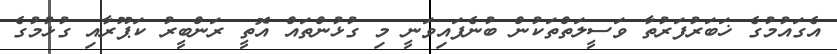
އެގައުމުގެ ޚަބަރުފަރުތާ ވަސީލަތްތަކުން ބުނެފައިވަނީ މި ގުޅުންތައް އޮތީ ރަންބީރު ކަޕޫރާއި ގުޅުމުގެ